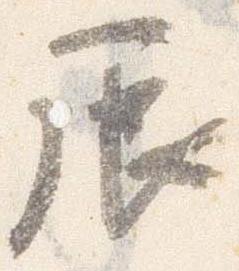
辰